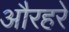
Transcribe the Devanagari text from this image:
औरहरे